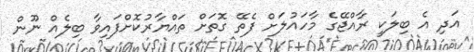
އަދި އެ ބިލަކީ ރާއްޖޭގެ މާހައުލަށް ފެތޭ ގޮތަށް ތައްޔާރުކޮށްފައިވާ ބިލެއް ނޫން